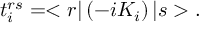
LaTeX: t _ { i } ^ { r s } = < r | \left( - i K _ { i } \right) | s > .